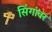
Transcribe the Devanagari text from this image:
सिंगांवर